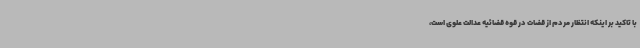
با تاکید بر اینکه انتظار مردم از قضات در قوه قضائیه عدالت علوی است،